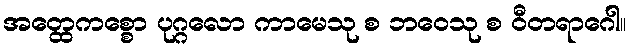
အတ္ထေကစ္စော ပုဂ္ဂလော ကာမေသု စ ဘဝေသု စ ဝီတရာဂေါ။